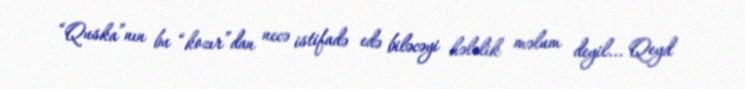
“Quska”nın bu “kozır”dan necə istifadə edə biləcəyi hələlik məlum deyil... Qeyd